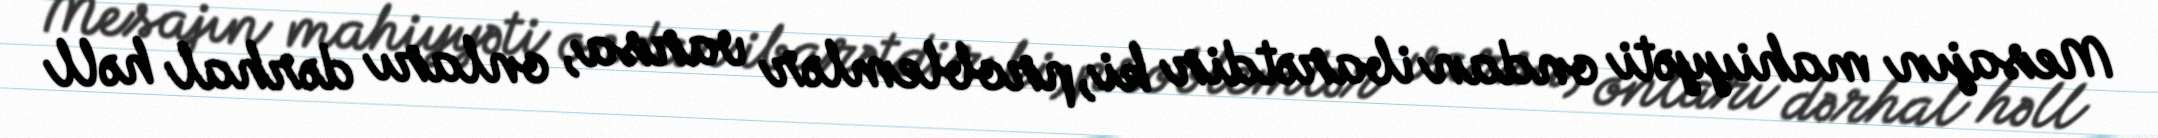
Mesajın mahiyyəti ondan ibarətdir ki, problemlər varsa, onları dərhal həll